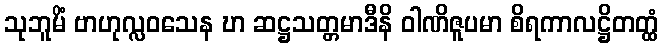
သုဘူမိံ ဗာဟုလ္လဝသေန ဎာ ဆဋ္ဌသတ္တမာဒီနိ ဝါဏိဇူပမာ စိရကာလဋ္ဌိတတ္ထံ